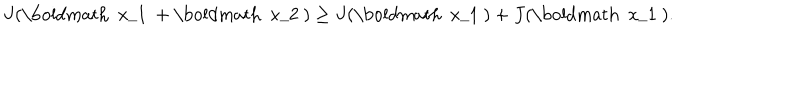
J ( \mathrm { \boldmath ~ x _ { 1 } ~ } + \mathrm { \boldmath ~ x _ { 2 } ~ } ) \ge J ( \mathrm { \boldmath ~ x _ { 1 } ~ } ) + J ( \mathrm { \boldmath ~ x _ { 1 } ~ } ) .